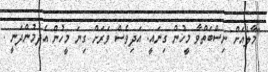
"މާލެއަށް ނިސްބަތްވާ މީހުން ގިނައީ. އަދިވެސް ވަރަށް ގިނަ މީހުން އެދެމުންދަނީ .